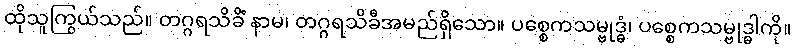
ထိုသူကြွယ်သည်။ တဂ္ဂရသိခိံ နာမ၊ တဂ္ဂရသိခီအမည်ရှိသော။ ပစ္စေကသမ္ဗုဒ္ဓံ၊ ပစ္စေကသမ္ဗုဒ္ဓါကို။